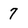
Character: 7